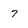
Character: 7